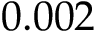
0 . 0 0 2